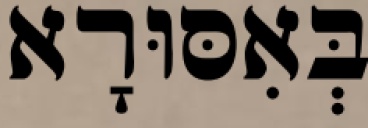
בְּאִסּוּרָא